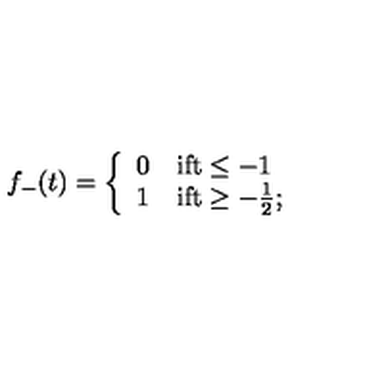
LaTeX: f _ { - } ( t ) = \left\{ \begin{array} { l l } { 0 } & { \mathrm { i f t \leq - 1 } } \\ { 1 } & { \mathrm { i f t \geq - { \frac { 1 } { 2 } } ; } } \\ \end{array} \right.